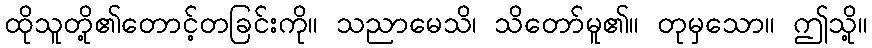
ထိုသူတို့၏တောင့်တခြင်းကို။ သညာမေသိ၊ သိတော်မူ၏။ တုမှသော။ ဤသို့။